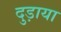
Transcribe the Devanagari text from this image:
दुड़ाया